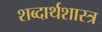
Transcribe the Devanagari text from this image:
शब्दार्थशास्त्र